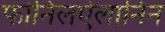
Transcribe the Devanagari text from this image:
फोनिलऐलानिन